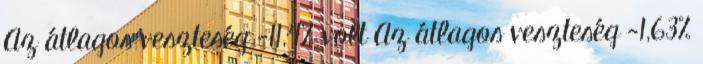
Az átlagos veszteség -11,4% volt Az átlagos veszteség -1,63%